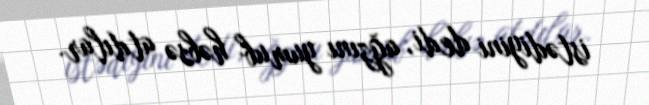
istədiyini dedi, ağzını yumub həbsə atdılar.